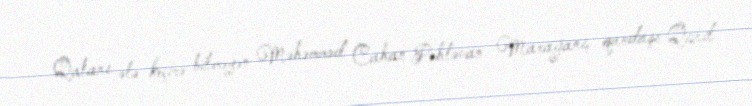
Qalanı ələ keçirə bilməyən Məhəmməd Cahan Pəhləvan Marağanı, qardaşı Qızıl